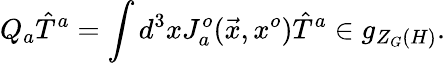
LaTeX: Q_{a}{\hat{T}}^{a}=\int d^{3}xJ_{a}^{o}(\vec{x},x^{o}){\hat{T}}^{a}\in g_{Z_{G}(H)}.